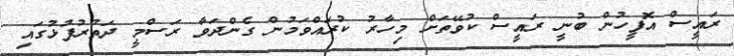
ރައީސް އޮފީހުން ބުނީ ރައީސް ކުވޭތަށް މިހާރު ކުރައްވަމުން ގެންދަވާ ރަސްމީ ދަތުރުފުޅުގައި